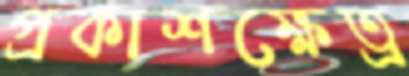
প্রকাশক্ষেত্র